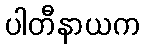
ပါတီနာယက